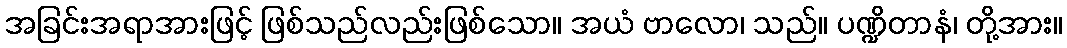
အခြင်းအရာအားဖြင့် ဖြစ်သည်လည်းဖြစ်သော။ အယံ ဗာလော၊ သည်။ ပဏ္ဍိတာနံ၊ တို့အား။